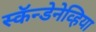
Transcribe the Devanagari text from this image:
स्कॅन्डेनेव्हिया